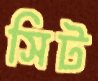
সিট